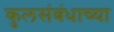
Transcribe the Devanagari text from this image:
कुलसंबंधाच्या